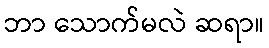
ဘာ သောက်မလဲ ဆရာ။